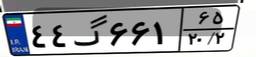
۴۴گ۶۶۱۶۵